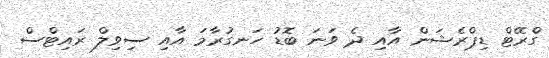
ގްރޭޓް ޑިޕްރެޝަން އާއި ދެ ވަނަ ބޮޑު ހަނގުރާމަ އާއި ސިވިލް ރައިޓްސް